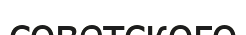
советского